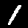
Digit: 1